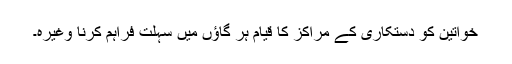
خواتین کو دستکاری کے مراکز کا قیام ہر گاؤں میں سہلت فراہم کرنا وغیرہ۔